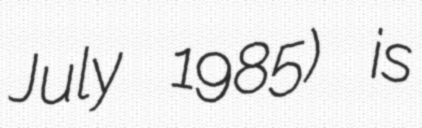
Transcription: July 1985) is